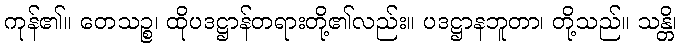
ကုန်၏။ တေသဉ္စ၊ ထိုပဒဋ္ဌာန်တရားတို့၏လည်း။ ပဒဋ္ဌာနဘူတာ၊ တို့သည်။ သန္တိ၊